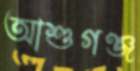
আশুগঞ্জ